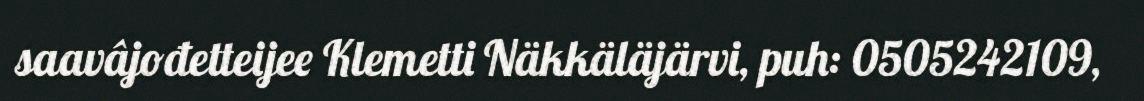
saavâjođetteijee Klemetti Näkkäläjärvi, puh: 0505242109,